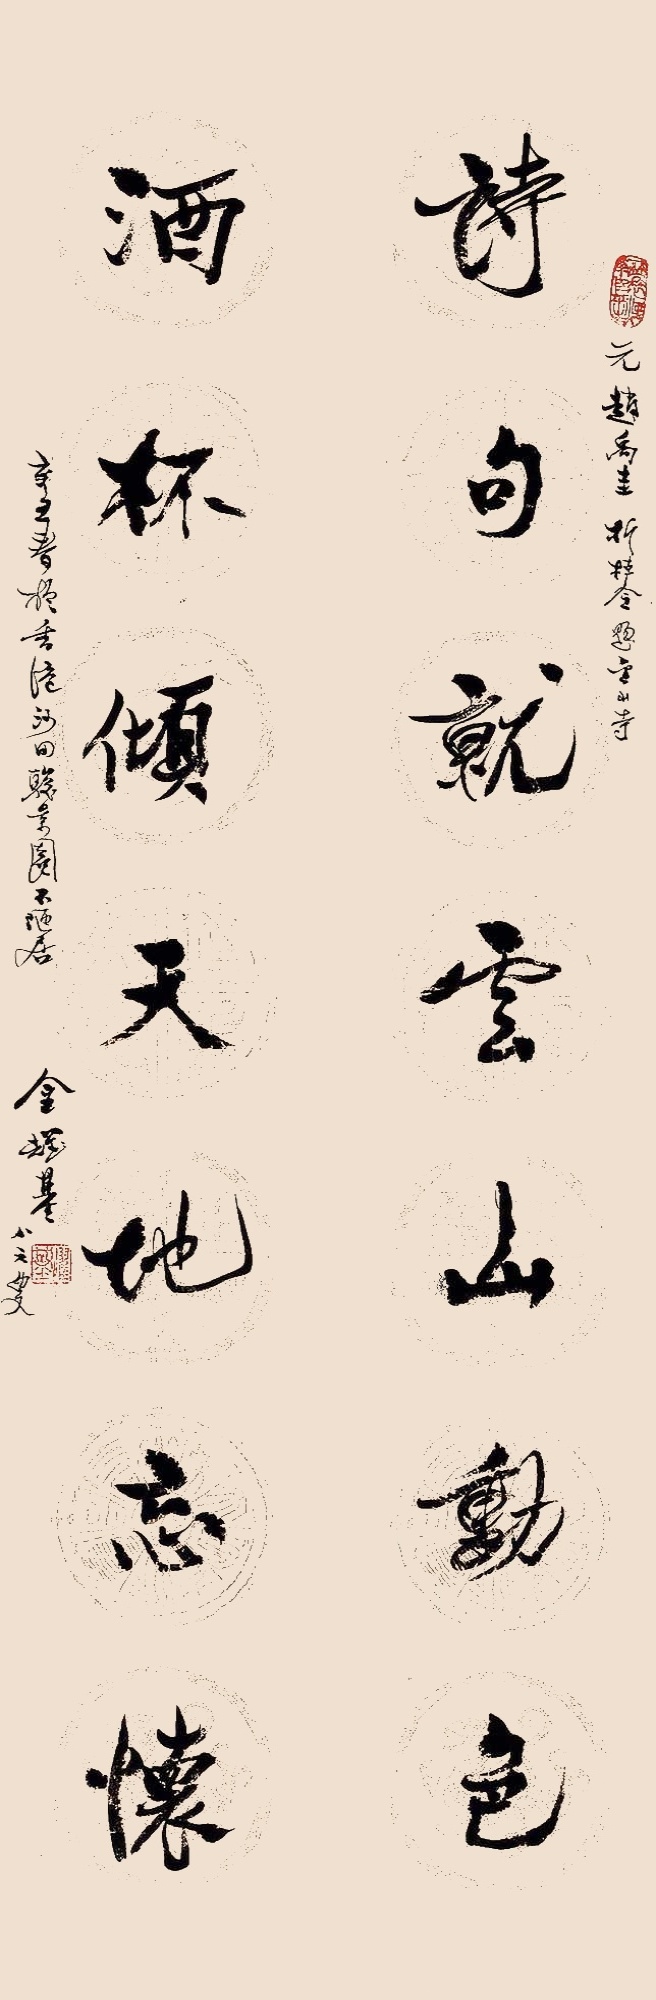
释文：诗句就云山动色，酒杯倾天地忘怀。元赵禹圭折桂令题金山寺。辛丑春于香港沙田骏景园不陋居，金耀基八六叟。